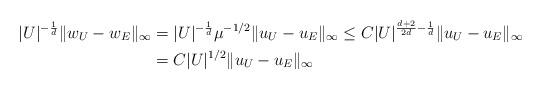
LaTeX: \begin{align*} |U|^{-\frac{1}{d}}\|w_U - w_E\|_\infty &= |U|^{-\frac{1}{d}}\mu^{-1/2}\|u_U - u_E\|_\infty \leq C|U|^{\frac{d+2}{2d}-\frac{1}{d}}\|u_U - u_E\|_\infty \\ &= C|U|^{1/2}\|u_U - u_E\|_\infty \end{align*}